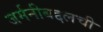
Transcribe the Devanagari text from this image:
जर्मनीबद्दलची